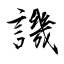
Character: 譏